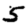
Digit: 5